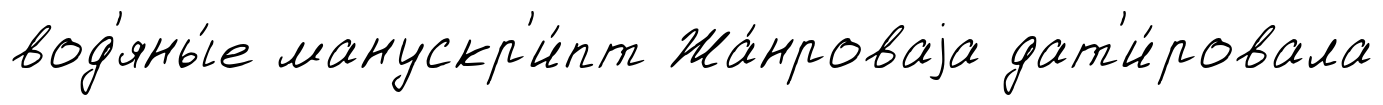
вод'яны́е манускр'и́пт Жа́нроваjа дат'и́ровала